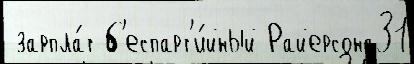
 зарпла́т б'еспарт'и́йный Райерсона31